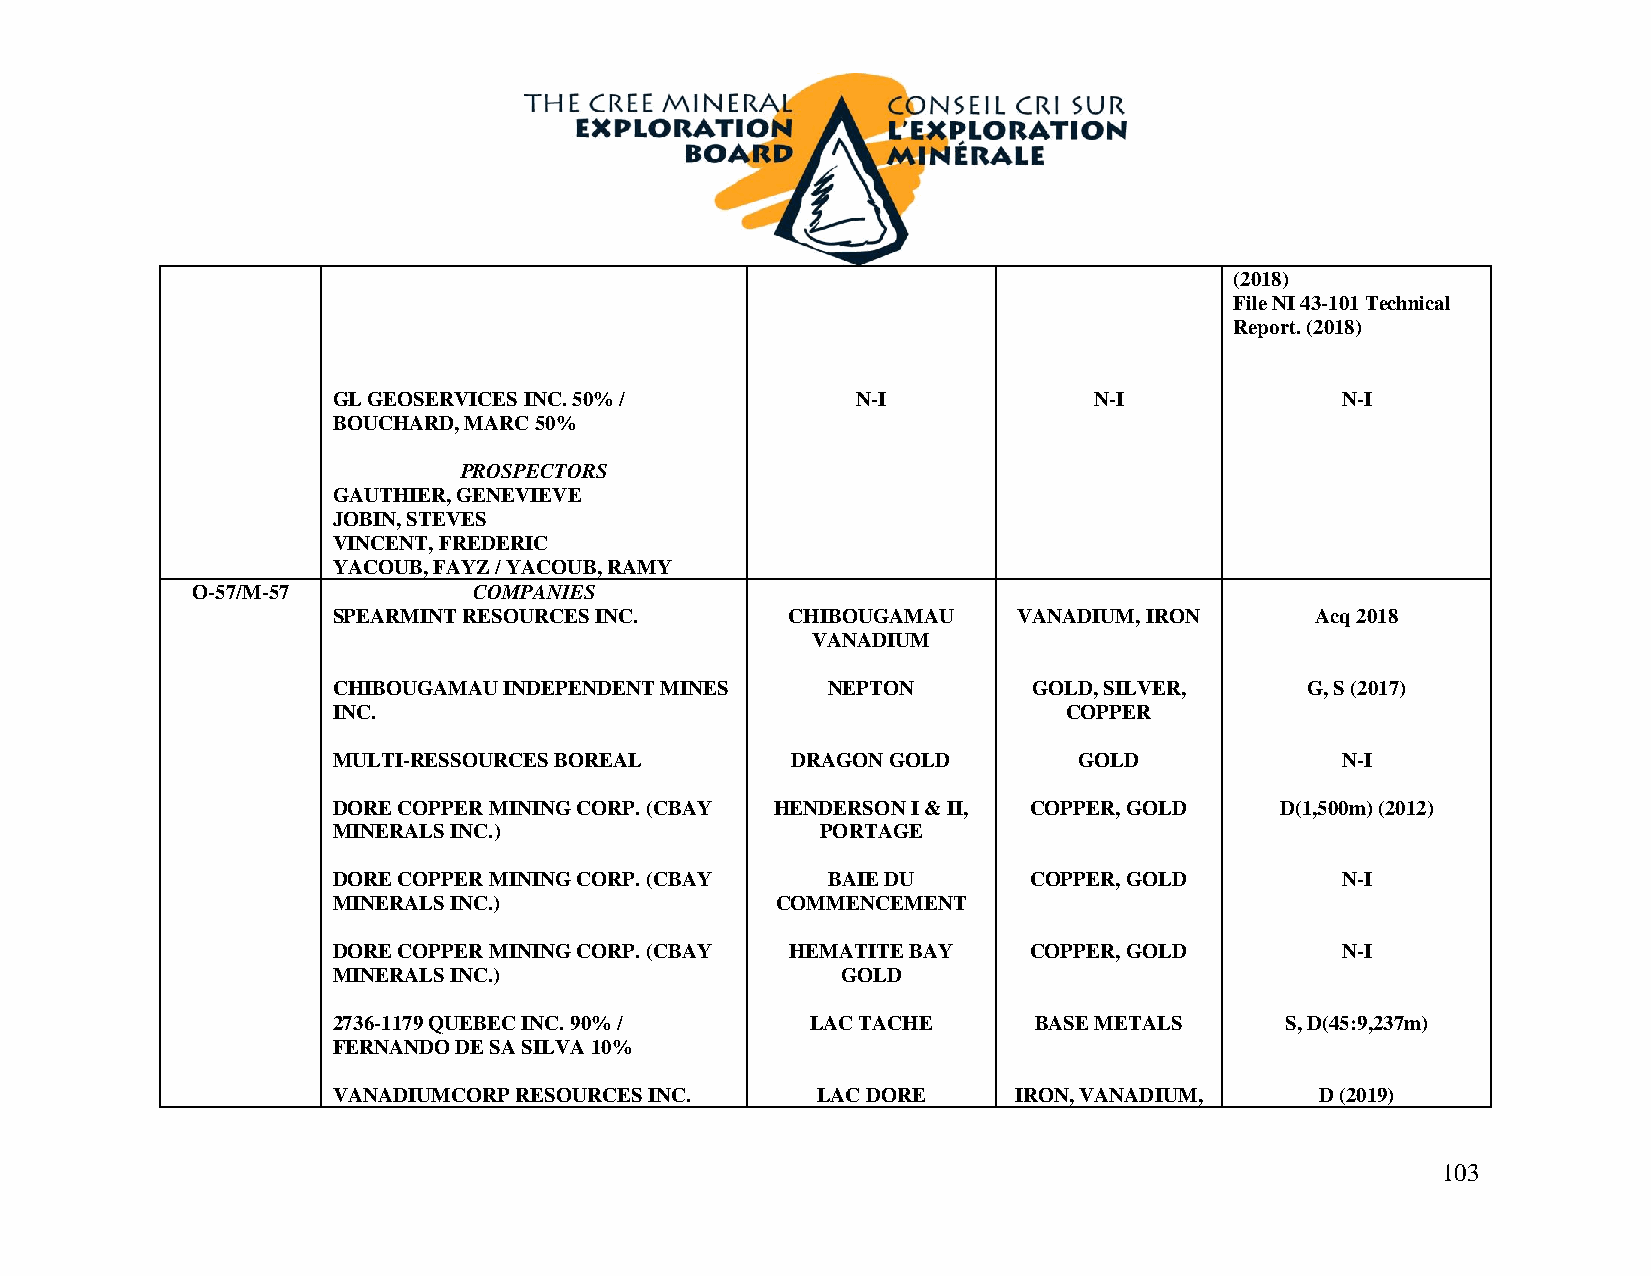
(2018)
 File NI 43-101 Technical
 Report. (2018)
 GL GEOSERVICES INC. 50% /          N-I            N-I              N-I
 BOUCHARD, MARC 50%
 PROSPECTORS
 GAUTHIER, GENEVIEVE
 JOBIN, STEVES
 VINCENT, FREDERIC
 YACOUB, FAYZ / YACOUB, RAMY
 O-57/M-57         COMPANIES
 SPEARMINT RESOURCES INC.      CHIBOUGAMAU    VANADIUM, IRON      Acq 2018
 VANADIUM
 CHIBOUGAMAU INDEPENDENT MINES    NEPTON       GOLD, SILVER,     G, S (2017)
 INC.                                             COPPER
 MULTI-RESSOURCES BOREAL       DRAGON GOLD        GOLD              N-I
 DORE COPPER MINING CORP. (CBAY HENDERSON I & II, COPPER, GOLD  D(1,500m) (2012)
 MINERALS INC.)                  PORTAGE
 DORE COPPER MINING CORP. (CBAY   BAIE DU      COPPER, GOLD         N-I
 MINERALS INC.)               COMMENCEMENT
 DORE COPPER MINING CORP. (CBAY HEMATITE BAY   COPPER, GOLD         N-I
 MINERALS INC.)                    GOLD
 2736-1179 QUEBEC INC. 90% /     LAC TACHE     BASE METALS      S, D(45:9,237m)
 FERNANDO DE SA SILVA 10%
 VANADIUMCORP RESOURCES INC.     LAC DORE     IRON, VANADIUM,     D (2019)
 103